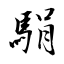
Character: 駽